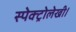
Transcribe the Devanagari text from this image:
स्पेक्ट्रोलेखी।